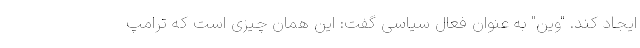
ایجاد کند. "وین" به عنوان فعال سیاسی گفت: این همان چیزی است که ترامپ